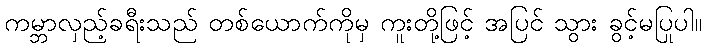
ကမ္ဘာလှည့်ခရီးသည် တစ်ယောက်ကိုမှ ကူးတို့ဖြင့် အပြင် သွား ခွင့်မပြုပါ။